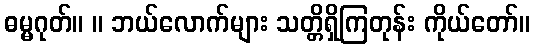
ဓမ္မဂုတ်။ ။ ဘယ်လောက်များ သတ္တိရှိကြတုန်း ကိုယ်တော်။